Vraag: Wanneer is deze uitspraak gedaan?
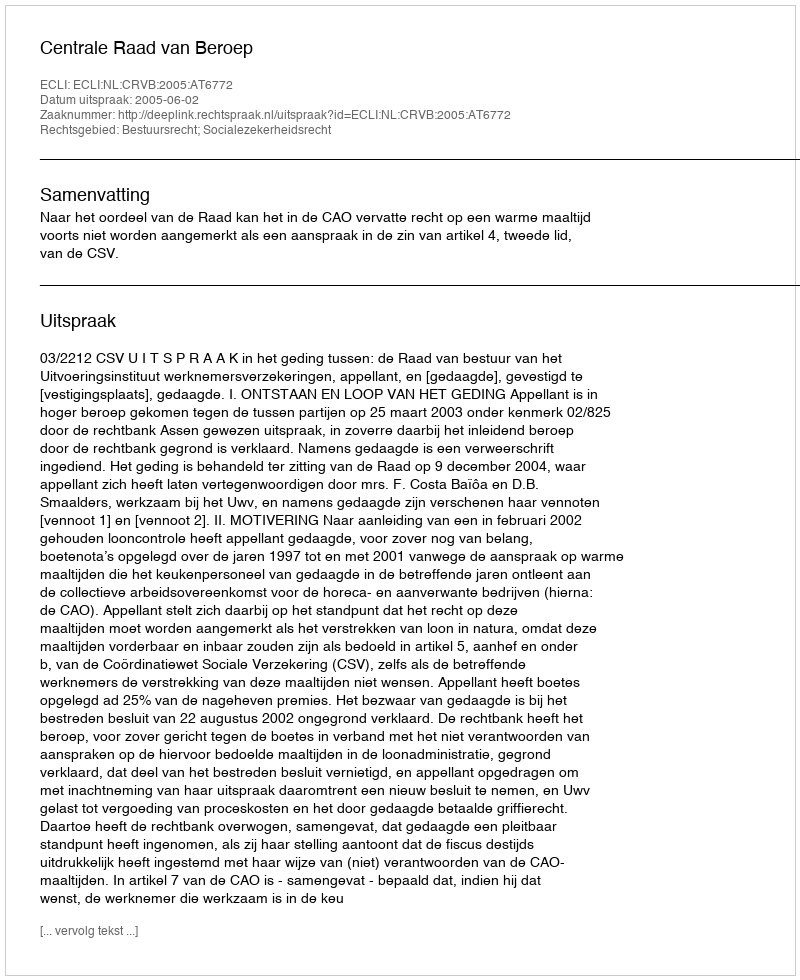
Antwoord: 2005-06-02